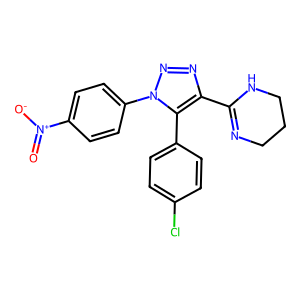
SMILES: O=[N+]([O-])c1ccc(-n2nnc(C3=NCCCN3)c2-c2ccc(Cl)cc2)cc1
Inhibits HIV replication: No